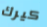
كيرك